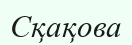
Сқақова